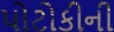
પોટોકીની